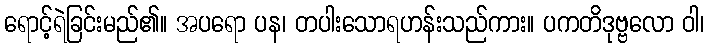
ရောင့်ရဲခြင်းမည်၏။ အပရော ပန၊ တပါးသောရဟန်းသည်ကား။ ပကတိဒုဗ္ဗလော ဝါ၊